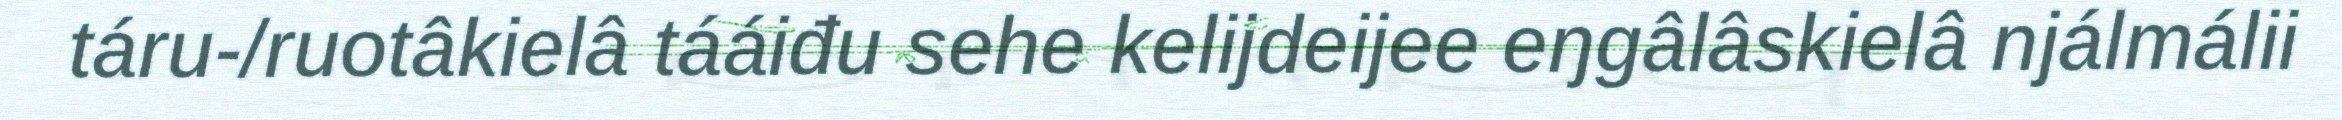
táru-/ruotâkielâ tááiđu sehe kelijdeijee eŋgâlâskielâ njálmálii